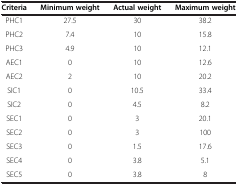
| Criteria | Minimum weight | Actual weight | Maximum weight |
 | --- | --- | --- | --- |
 | PHC1 | 27.5 | 30 | 38.2 |
 | PHC2 | 7.4 | 10 | 15.8 |
 | PHC3 | 4.9 | 10 | 12.1 |
 | AEC1 | 0 | 10 | 12.6 |
 | AEC2 | 2 | 10 | 20.2 |
 | SIC1 | 0 | 10.5 | 33.4 |
 | SIC2 | 0 | 4.5 | 8.2 |
 | SEC1 | 0 | 3 | 20.1 |
 | SEC2 | 0 | 3 | 100 |
 | SEC3 | 0 | 1.5 | 17.6 |
 | SEC4 | 0 | 3.8 | 5.1 |
 | SEC5 | 0 | 3.8 | 8 |